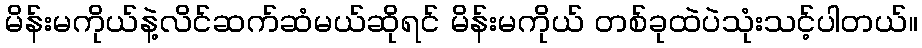
မိန်းမကိုယ်နဲ့လိင်ဆက်ဆံမယ်ဆိုရင် မိန်းမကိုယ် တစ်ခုထဲပဲသုံးသင့်ပါတယ်။